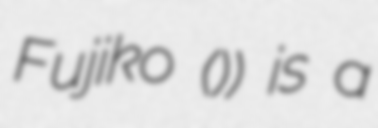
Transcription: Fujiko (大月フジコ)) is a